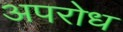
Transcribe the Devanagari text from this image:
अपरोध